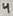
Text: 4